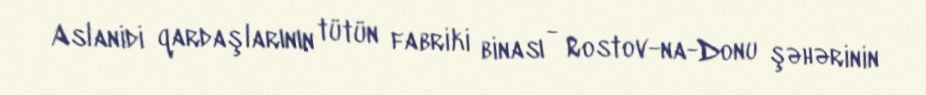
Aslanidi qardaşlarının tütün fabriki binası - Rostov-na-Donu şəhərinin